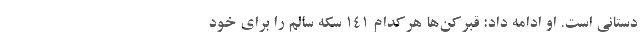
دستانی است. او ادامه داد: قبرکن‌ها هرکدام ۱۴۱ سکه سالم را برای خود